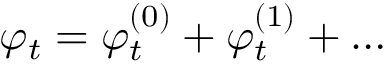
\varphi _ { t } = \varphi _ { t } ^ { ( 0 ) } + \varphi _ { t } ^ { ( 1 ) } + \dots